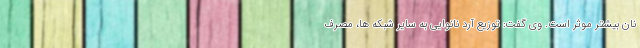
نان بیشتر موثر است. وی گفت: توزیع آرد نانوایی به سایر شبکه ها، مصرف